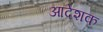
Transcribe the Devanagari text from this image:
आदेशक